Tezpur Lunatic Asylum reports 1895-1904 - 1895-1904
Year: 1895
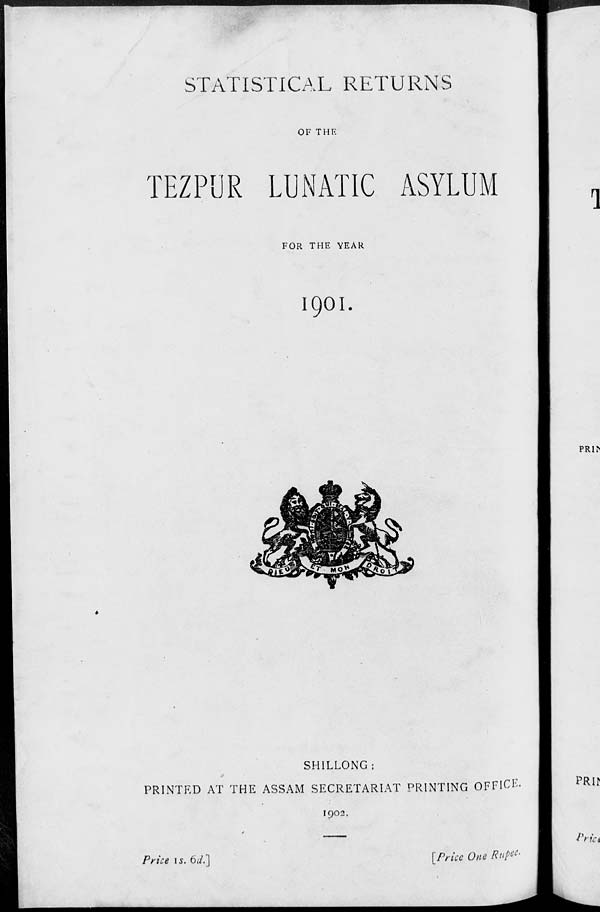
STATISTICAL RETURNS
OF THF.
TEZPUR LUNATIC ASYLUM
FOR THE YEAR
IC)OI.
SHILLONG:
PRINTED AT THE ASSAM SECRETARIAT PRINTING OFFICE.
1902.
Price is. bd.'\
[Price One Ruf* c '